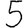
Digit: 5